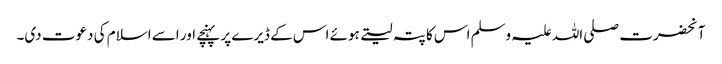
آنحضرت صلی اللہ علیہ وسلم اس کا پتہ لیتے ہوئے اس کے ڈیرے پر پہنچے اور اسے اسلام کی دعوت دی۔